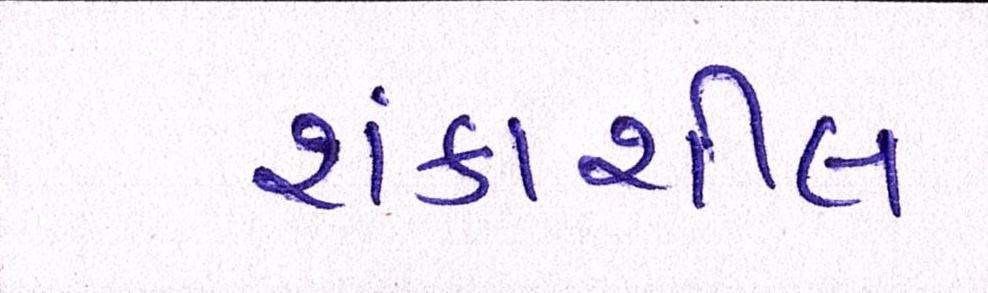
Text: શંકાશીલ